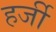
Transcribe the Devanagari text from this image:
हर्जी